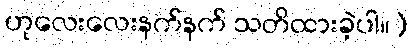
ဟုလေးလေးနက်နက် သတိထားခဲ့ပါ။)